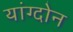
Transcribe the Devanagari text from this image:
यांग्दोन